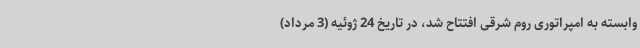
وابسته به امپراتوری روم شرقی افتتاح شد، در تاریخ 24 ژوئیه (3 مرداد)